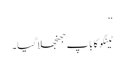
‘‘
ٹینگو کا باپ جھنجھلا گیا۔